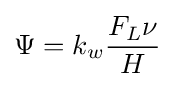
\Psi =k_{w}{F_{L}\nu  \over H}